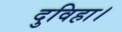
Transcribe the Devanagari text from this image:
दुविहा।